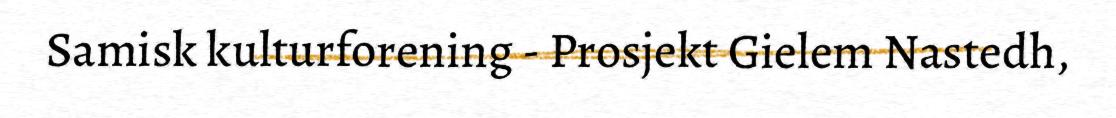
Samisk kulturforening - Prosjekt Gielem Nastedh,